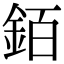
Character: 銆